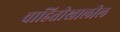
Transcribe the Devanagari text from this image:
वाहितीखालील